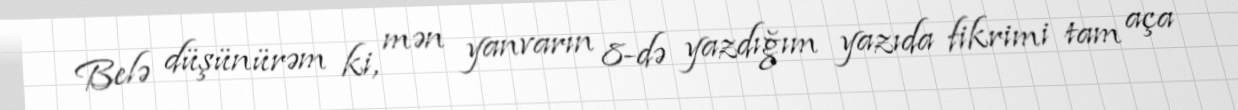
Belə düşünürəm ki, mən yanvarın 8-də yazdığım yazıda fikrimi tam aça